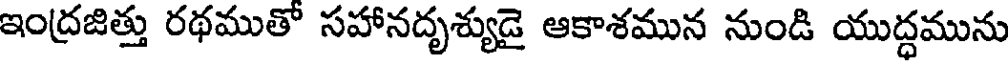
ఇంద్రజిత్తు రథముతొ సహానదృశ్యుడై ఆకాశమున నుండి యుద్ధమును